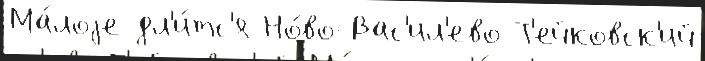
Ма́лоjе дл'и́тс'я Но́во-Вас'ил'ево Т'ейковск'ий